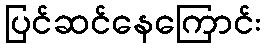
ပြင်ဆင်နေကြောင်း